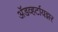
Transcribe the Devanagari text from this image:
अॅडव्हर्टायझर